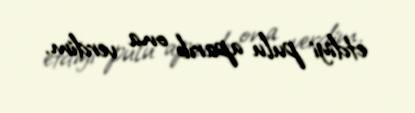
etdiyi pulu aparıb ona verdim.